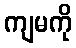
ကျမကို